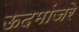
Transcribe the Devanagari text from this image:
ऊदमांजरे